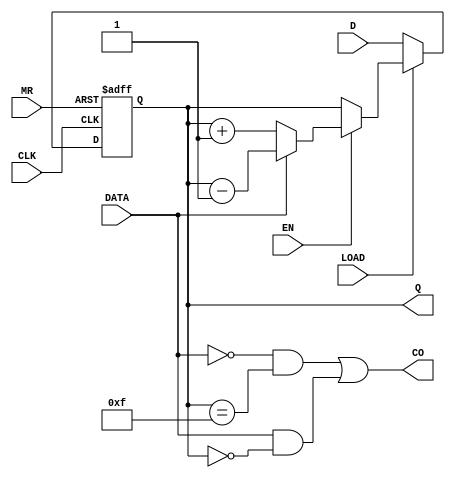
`timescale 1ns / 1ps
//////////////////////////////////////////////////////////////////////////////////
// Company: 
// 
// Design Name:    ReversableCounter
// Module Name:    ReversableCounter.v
// Project Name:   ReversableCounter
// Target Devices: XC6LX16
// Tool versions: 
// Description: 
//
// A 4-bit counter providing +1/-1 operation.
// MR: async clear on positive edge
// LOAD: load bus D to output on negative edge
// EN: enable +1/-1 on clock positive edge if high
// DATA: +1 if low, -1 if high
//
// Dependencies: 
//
// Revision: 
// Revision 0.01 - File Created
// Additional Comments: 
//
//////////////////////////////////////////////////////////////////////////////////
module ReversableCounter(
    input LOAD,
    input CLK,
    input EN,
    input DATA,
    input MR,
    input [3:0] D,
    output reg [3:0] Q,
    output CO
    );
	 
assign CO = (DATA == 0 && Q == 4'hF) || (DATA == 1 && Q == 4'b0);

always @(posedge MR or posedge CLK) begin
	if (MR == 1) begin
		Q <= 4'b0;
	end else if (LOAD == 0) begin
		Q <= D;
	end else if (EN == 1) begin
		if (DATA == 0) Q <= Q + 1; else Q <= Q - 1;
	end
end

endmodule